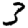
Digit: 3